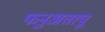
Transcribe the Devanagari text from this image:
फनुअतापू